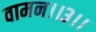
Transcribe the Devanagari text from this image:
वामन।।३।।